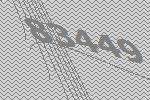
83449